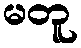
မတူ